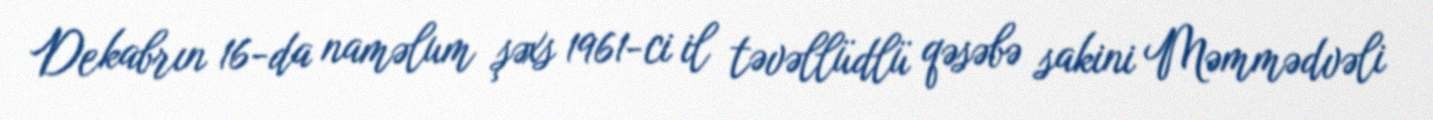
Dekabrın 16-da naməlum şəxs 1961-ci il təvəllüdlü qəsəbə sakini Məmmədvəli